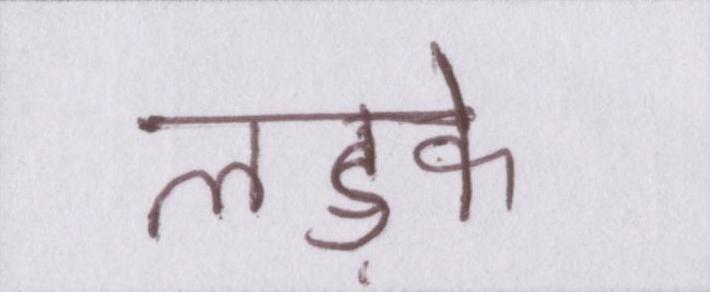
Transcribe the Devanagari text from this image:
लड़के